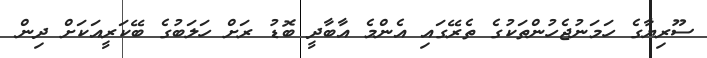
ސޫރިޔާގެ ހަމަނުޖެހުންތަކުގެ ތެރޭގައި އެންމެ އާބާދީ ބޮޑު ރަށް ހަލަބުގެ ބޭކަރީއަކަށް ދިން